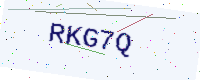
Text: RKG7Q